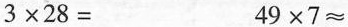
$$3 \times 2 8 =$$$$4 9 \times 7 ≈$$